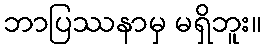
ဘာပြဿနာမှ မရှိဘူး။